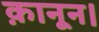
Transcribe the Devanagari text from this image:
क़ानून।